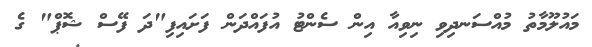
މައުލޫމާތު މުއްސަނދިވި ނިވިއާ އިން ސެންޓު އުފައްދަން ފަށައިފި"ދަ ފޭސް ޝޮޕް" ގެ